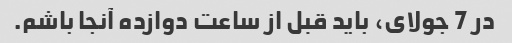
در 7 جولای، باید قبل از ساعت دوازده آنجا باشم.